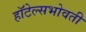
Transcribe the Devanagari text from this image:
हॉटेल्सभोवती